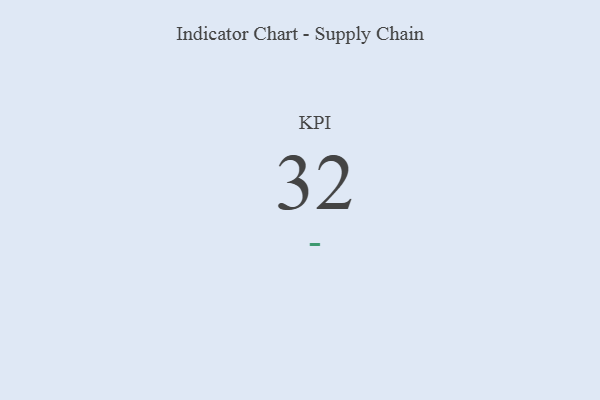
{"axis": {"x": "KPI", "y": "Value"}, "legend": [""], "data": [{"x": "KPI", "y": 32, "type": ""}]}